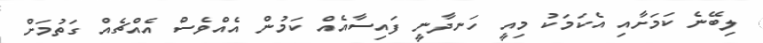
ލިބޭނެ ކަމަށާއި އެކަމަކު މިއީ ހަނދާނީ ފައިސާއެއް ކަމުން އެއްވެސް އެއްޗެއް ގަތުމަށް